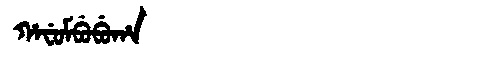
Manchu: ᡥᠠᠸᡠᠮᠪᡠᠪᡠᡥᠠ
Romanization: HAFUMBUBUHA